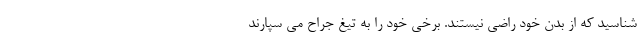
شناسید که از بدن خود راضی نیستند. برخی خود را به تیغ جراح می سپارند